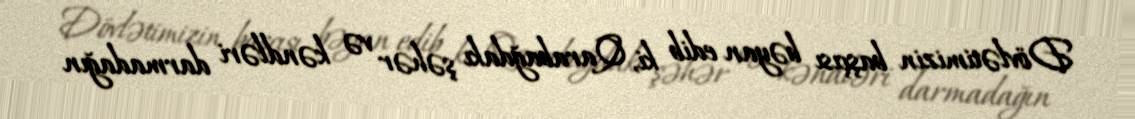
Dövlətimizin başçısı bəyan edib ki, Qarabağdakı şəhər və kəndləri darmadağın